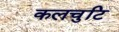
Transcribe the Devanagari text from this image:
कलचुटि